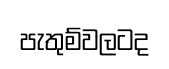
පැතුම්වලටද